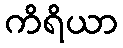
ကိရိယာ